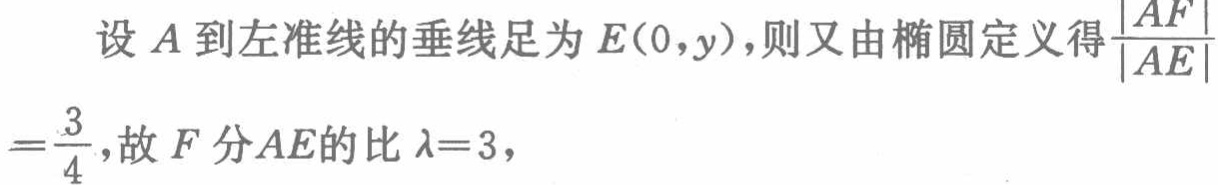
设\(A\)到左准线的垂线足为\(E(0,y)\)，则又由椭圆定义得\(\frac{|AF|}{|AE|}=\frac{3}{4}\)，故\(F\)分\(AE\)的比\(\lambda = 3\)，